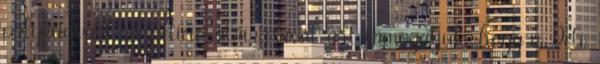
pályaudvart A petíció aláírásával azt támogatjuk, hogy a Déli